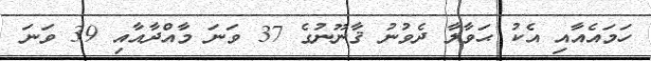
ހަމައެއާއި އެކު ޙަވާލާ ދެވުނު ޤާނޫނުގެ 37 ވަނަ މާއްދާއާއި 39 ވަނަ